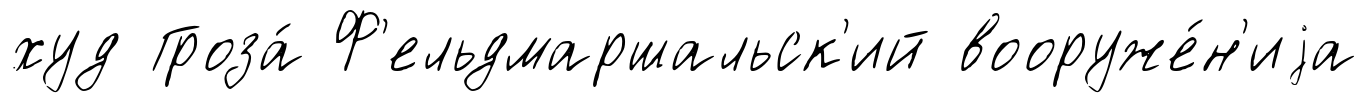
худ Гроза́ Ф'ельдмаршальск'ий вооруже́н'иjа